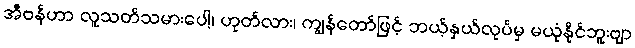
အီဗန်ဟာ လူသတ်သမားပေါ့၊ ဟုတ်လား၊ ကျွန်တော်ဖြင့် ဘယ့်နှယ်လုပ်မှ မယုံနိုင်ဘူးဗျာ